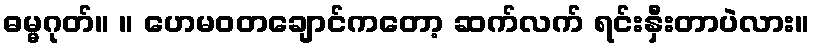
ဓမ္မဂုတ်။ ။ ဟေမဝတချောင်ကတော့ ဆက်လက် ရင်းနှီးတာပဲလား။